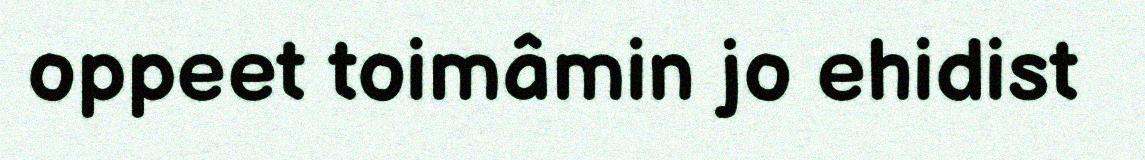
oppeet toimâmin jo ehidist